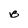
Character: B